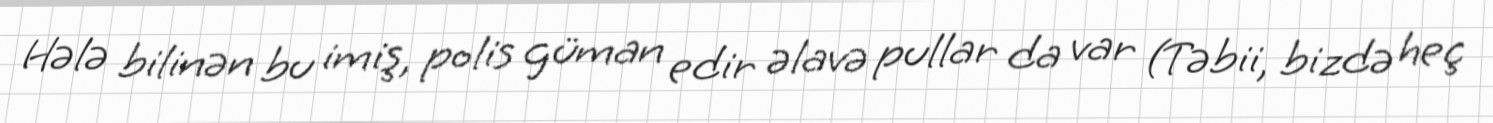
Hələ bilinən bu imiş, polis güman edir əlavə pullar da var (Təbii, bizdə heç